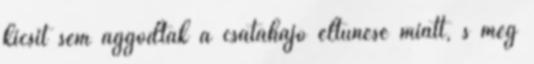
kicsit sem aggódtak a csatahajó eltűnése miatt, s meg